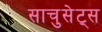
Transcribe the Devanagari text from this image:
साचुसेट्स